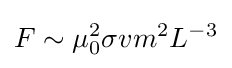
F\sim \mu _{0}^{2}\sigma vm^{2}L^{-3}